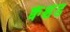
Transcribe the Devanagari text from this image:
क्वेश्चंड